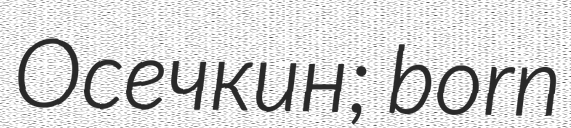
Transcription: Осечкин; born